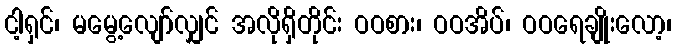
ငါ့ရှင်၊ မမွေ့လျော်လျှင် အလိုရှိတိုင်း ဝဝစား၊ ဝဝအိပ်၊ ဝဝရေချိုးလော့၊